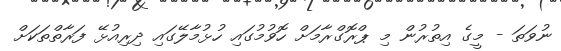
ނުވަތަ - މީގެ އިތުރުން މި ޕްރޮގްރާމަށް ހޮވުމުގައި ހުޅުމާލޭގައި ދިރިއުޅޭ ފަރާތްތަކަށް